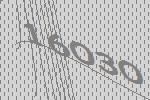
16030